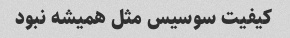
کیفیت سوسیس مثل همیشه نبود